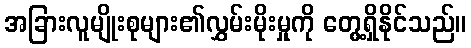
အခြားလူမျိုးစုများ၏လွှမ်းမိုးမှုကို တွေ့ရှိနိုင်သည်။